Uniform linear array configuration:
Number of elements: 32
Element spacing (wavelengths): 0.75
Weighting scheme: hamming
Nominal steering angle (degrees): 30
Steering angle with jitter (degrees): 29.577
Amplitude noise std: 0.05
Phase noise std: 0.05

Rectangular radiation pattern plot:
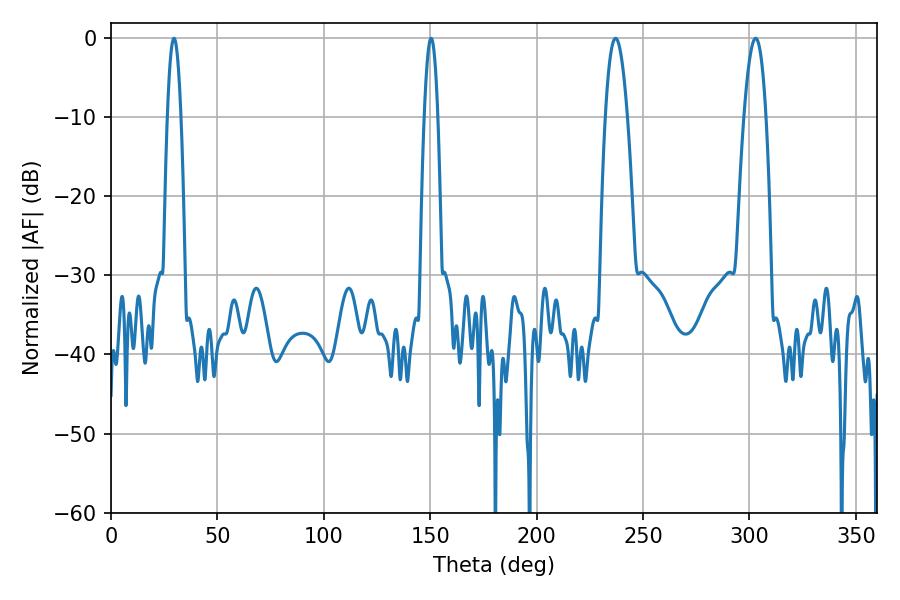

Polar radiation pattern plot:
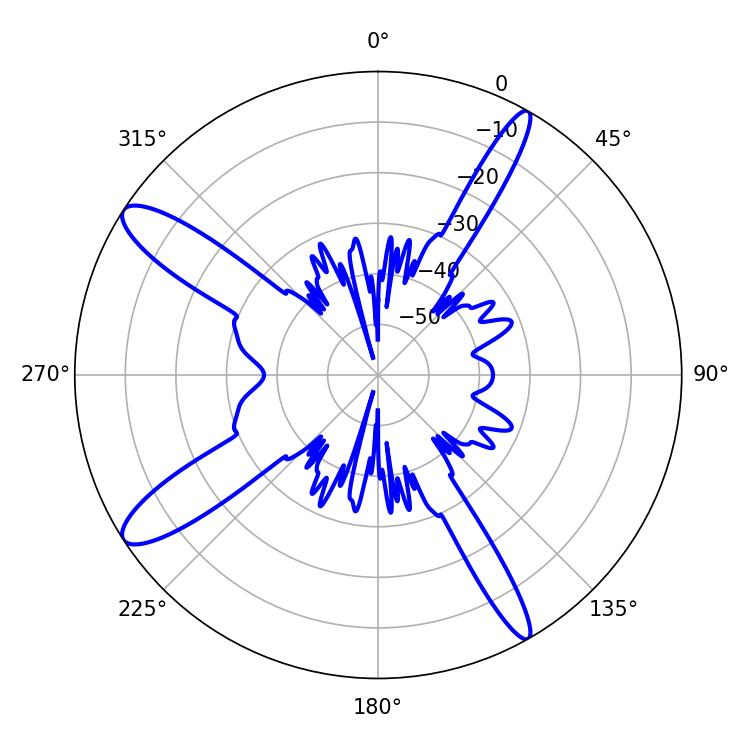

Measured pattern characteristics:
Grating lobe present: TRUE
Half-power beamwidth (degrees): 5.76
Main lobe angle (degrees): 237.06